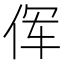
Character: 𫝈